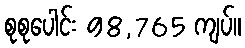
စုစုပေါင်း 98,765 ကျပ်။